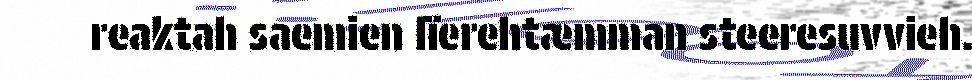
reaktah saemien lïerehtæmman steeresuvvieh.